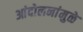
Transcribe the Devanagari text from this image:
आंदोलनांमुळे